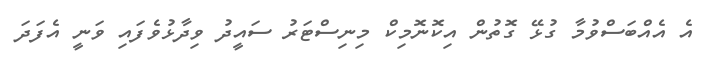
އެ އެއްބަސްވުމާ ގުޅޭ ގޮތުން އިކޮނޮމިކް މިނިސްޓަރު ސައީދު ވިދާޅުވެފައި ވަނީ އެފަދަ